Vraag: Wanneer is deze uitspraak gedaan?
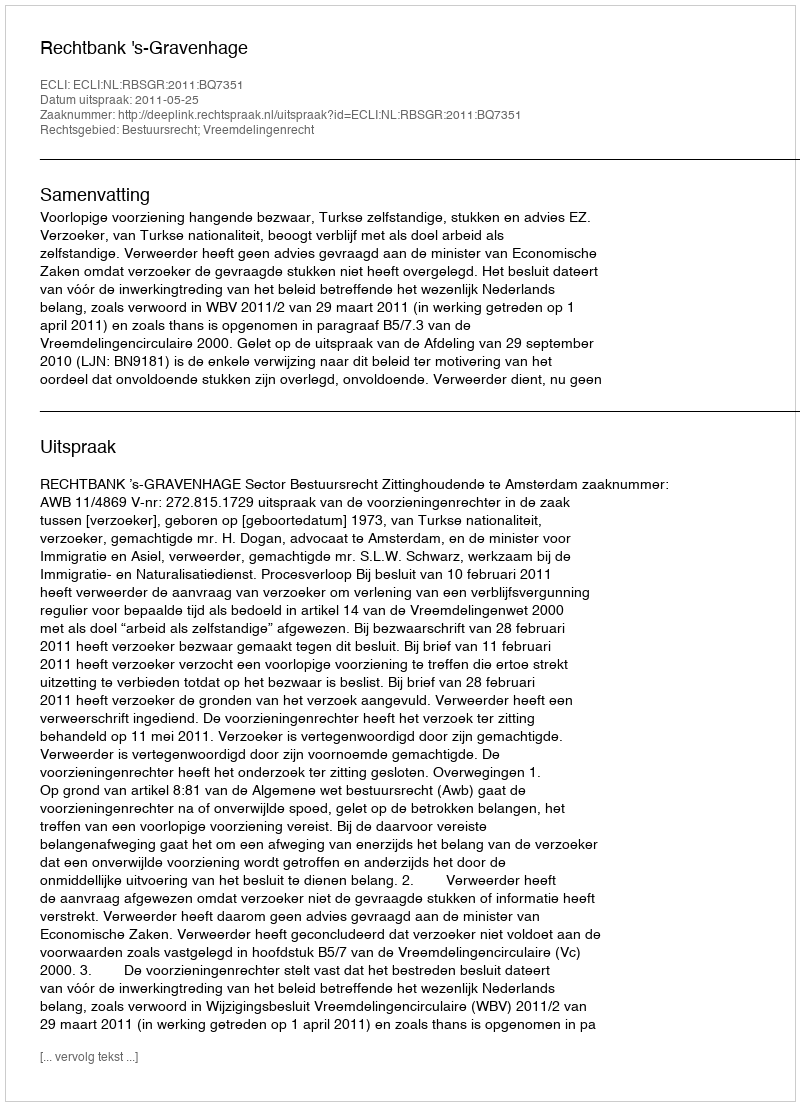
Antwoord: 2011-05-25